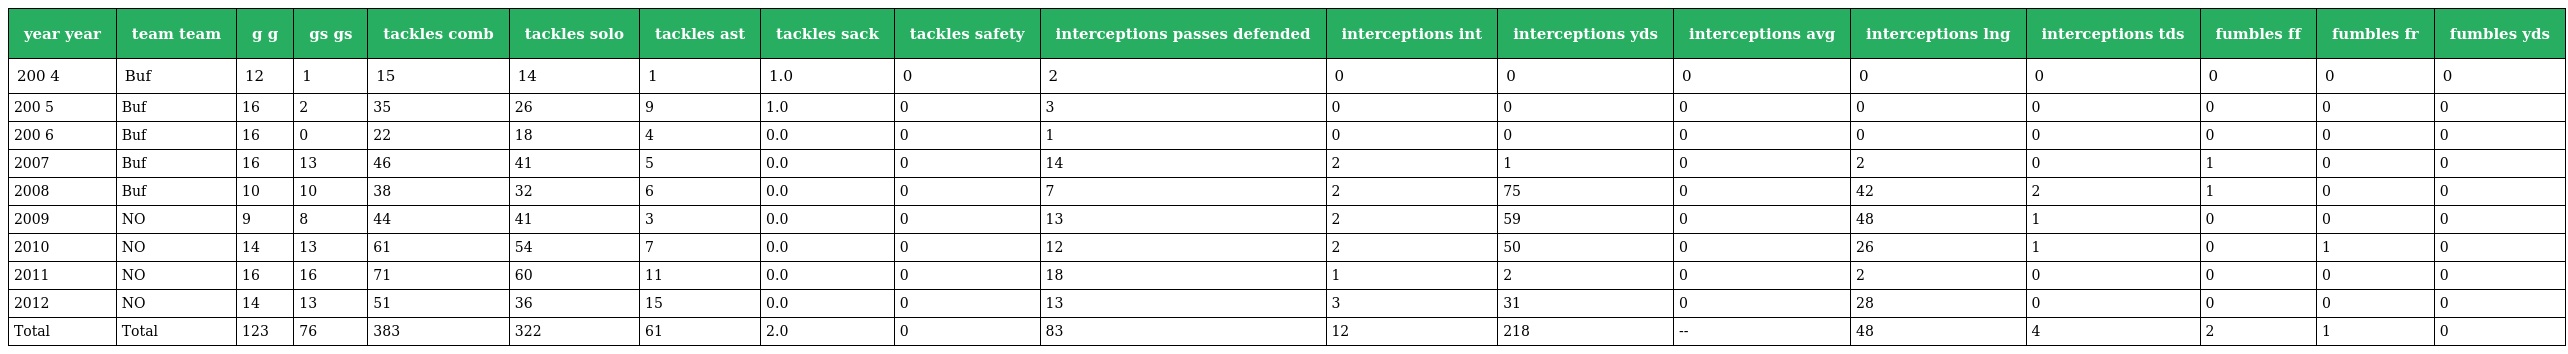
| year year | team team | g g | gs gs | tackles comb | tackles solo | tackles ast | tackles sack | tackles safety | interceptions passes defended | interceptions int | interceptions yds | interceptions avg | interceptions lng | interceptions tds | fumbles ff | fumbles fr | fumbles yds |
 | --- | --- | --- | --- | --- | --- | --- | --- | --- | --- | --- | --- | --- | --- | --- | --- | --- | --- |
 | 200 4 | Buf | 12 | 1 | 15 | 14 | 1 | 1.0 | 0 | 2 | 0 | 0 | 0 | 0 | 0 | 0 | 0 | 0 |
 | 200 5 | Buf | 16 | 2 | 35 | 26 | 9 | 1.0 | 0 | 3 | 0 | 0 | 0 | 0 | 0 | 0 | 0 | 0 |
 | 200 6 | Buf | 16 | 0 | 22 | 18 | 4 | 0.0 | 0 | 1 | 0 | 0 | 0 | 0 | 0 | 0 | 0 | 0 |
 | 2007 | Buf | 16 | 13 | 46 | 41 | 5 | 0.0 | 0 | 14 | 2 | 1 | 0 | 2 | 0 | 1 | 0 | 0 |
 | 2008 | Buf | 10 | 10 | 38 | 32 | 6 | 0.0 | 0 | 7 | 2 | 75 | 0 | 42 | 2 | 1 | 0 | 0 |
 | 2009 | NO | 9 | 8 | 44 | 41 | 3 | 0.0 | 0 | 13 | 2 | 59 | 0 | 48 | 1 | 0 | 0 | 0 |
 | 2010 | NO | 14 | 13 | 61 | 54 | 7 | 0.0 | 0 | 12 | 2 | 50 | 0 | 26 | 1 | 0 | 1 | 0 |
 | 2011 | NO | 16 | 16 | 71 | 60 | 11 | 0.0 | 0 | 18 | 1 | 2 | 0 | 2 | 0 | 0 | 0 | 0 |
 | 2012 | NO | 14 | 13 | 51 | 36 | 15 | 0.0 | 0 | 13 | 3 | 31 | 0 | 28 | 0 | 0 | 0 | 0 |
 | Total | Total | 123 | 76 | 383 | 322 | 61 | 2.0 | 0 | 83 | 12 | 218 | -- | 48 | 4 | 2 | 1 | 0 |